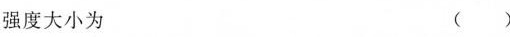
强度大小为 ( )